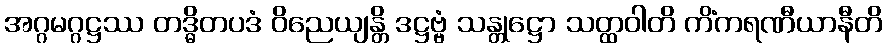
အဂ္ဂမဂ္ဂဋ္ဌဿ တဒ္ဓိတပဒံ ဝိညေယျန္တိ ဒဋ္ဌဗ္ဗံ သန္တုဋ္ဌော သတ္ထဝါတိ ကိံကရဏီယာနီတိ